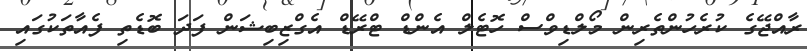
ރާއްޖޭގެ ކުރެހުންތެރިން މޯލްޑިވްސް ހޮޓެލް އެންޑް ޓްރޭޑް އެގްޒިބިޝަން ފަދަ ބޮޑެތި ފެއާތަކުގައި